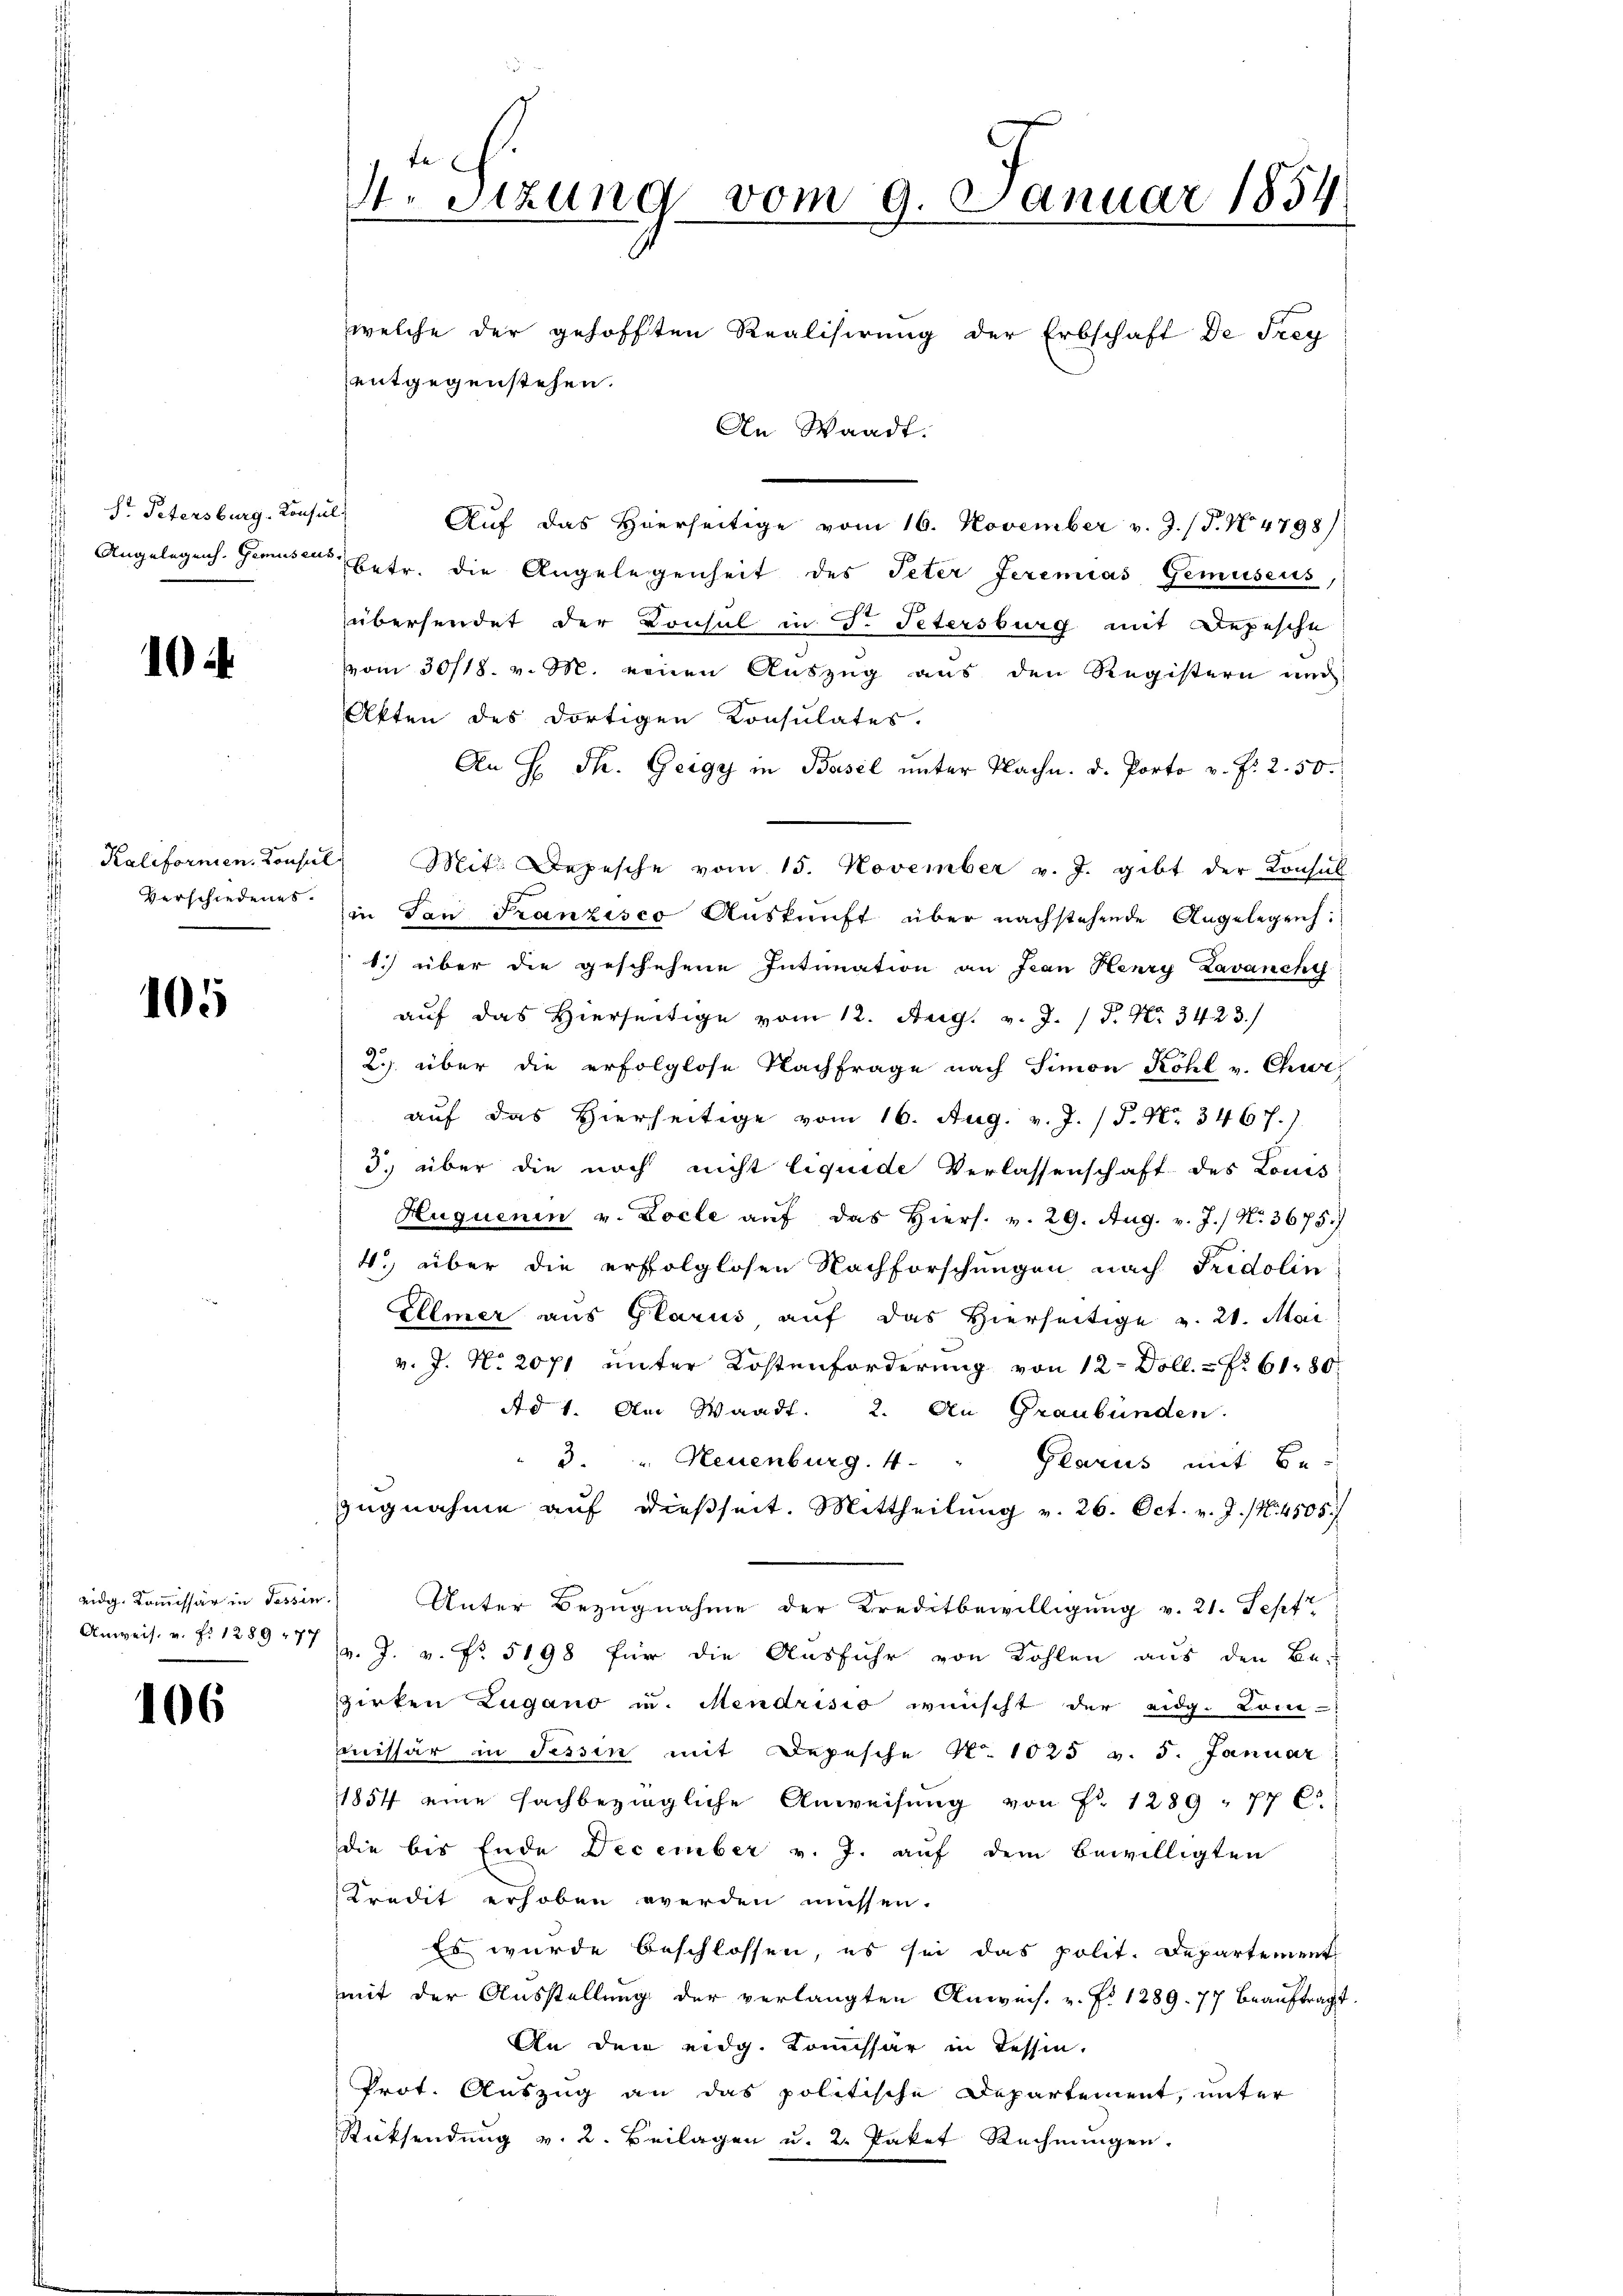
Sr Petersburg. Kons.
Angelegens. Gemüsen

10

Verschiedenes.

105

eidg. Kommissär in Tessin
 Anweis. v. P. 1289 177

106

4. Sitzung vom 9. Januar 1854
welche der gehofften Realisirung der Erbschaft de Frey
entgegenstehen.
An Waadt.

i
Aŭf das hierseitige vom 16. November v. J. (T. No 4798):
betr. die Angelegenheit des Peter Jeremias Gemüseus,
übersendet der Konsul in S. Petersburg mit Depesche
vvom 30/18. v. M. einen Auszug aus den Registern und
Akten des dortigen Konsulates.
An H. Th. Geigy in Basel unter Nachn. d. Porto v. P. 2. 50.
Kalifornen. Consul Mit Depesche vom 15. November v. J. gibt der Konsul
in San Franzisco Aŭskŭnft über nachstehende Angelege:
1.) über die geschehene Intimation an Jean Henry Lavanchef
auf das Hierseitige vom 12. Aug. v. J. P. Nr. 3423.)
2) über die erfolglose Nachfrage nach Simon Köhl v. Chur,
auf das Hierseitige vom 16. Aug. v. J. / P. Nr. 3467.)
3. über die noch nicht liquide Verlassenschaft des Louis
Huquenin v. Locle aŭf das hiers. v. 29. Aug. v. J. / N. 3675.)
4. über die erfolglosen Nachforschungen nach Fridolin
Ellmer aus Glarus auf das Hierseitige v. 21. Mai
v. J. No 2071 unter Kostenforderung von 12 - Doll. - No 6180.
Ad 1. Am Waadt. 2. An Graubünden.
3. " Neuenburg. 4. "
Glarus mit Bezugnahme auf dießseit. Mittheilung v. 26. Oct. v. J. 1. 4505
Unter Bezugnahme der Kreditbewilligung v. 21. Sept
v. J. v. fr. 5198 für die Ausfuhr von Kohlen aus den Be-
zirten Lugano u. Mendrisio wünscht der eidg. Kom-
mmissär in Tessin mit Depesche No. 1025 v. 5. Januar
1854 eine fachbeziegliche Anweisung von Fr. 1289 " 77 C.
die bis Ende December v. J. auf dem Bewilligten
Kredit erhoben werden müssen.
Es wurde beschlossen, es sei das polit. Departement
mit der Ausstellung der verlangten Anweis. v. P. 1289. 77 beaŭftragt
An den eidg. Komissär in Tessin.
Prot. Auszug an das politische Departement, unter
Rücksendung v. 2. Beilagen u. 2. Paket Rechnungen.